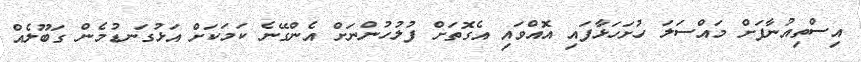
އިސްތިއުނާފަށް މައްސަލަ ހުށަހަޅާފައި އޮއްވައި އެގޮތަށް ފުލުހުންނަށް އެންގޭނެ ކަމަކަށް އަޅުގަނޑުމެން ގަބޫލެއް